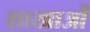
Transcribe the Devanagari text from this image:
शाखाऔं